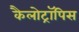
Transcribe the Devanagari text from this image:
कैलोट्रॉपिस